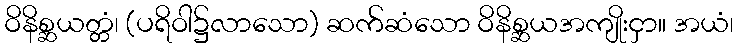
ဝိနိစ္ဆယတ္တံ၊ (ပရိဝါ၌လာသော) ဆက်ဆံသော ဝိနိစ္ဆယအကျိုးငှာ။ အယံ၊